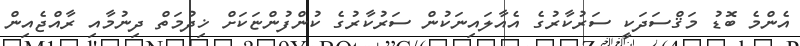
އެންމެ ބޮޑު މަޤްސަދަކީ ސަރުކާރުގެ އެއާލައިނަކުން ސަރުކާރުގެ ކުންފުންޏަކަށް ޚިދުމަތް ދިނުމާއި ރާއްޖެއިން